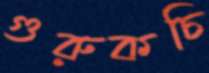
গুরুকচি